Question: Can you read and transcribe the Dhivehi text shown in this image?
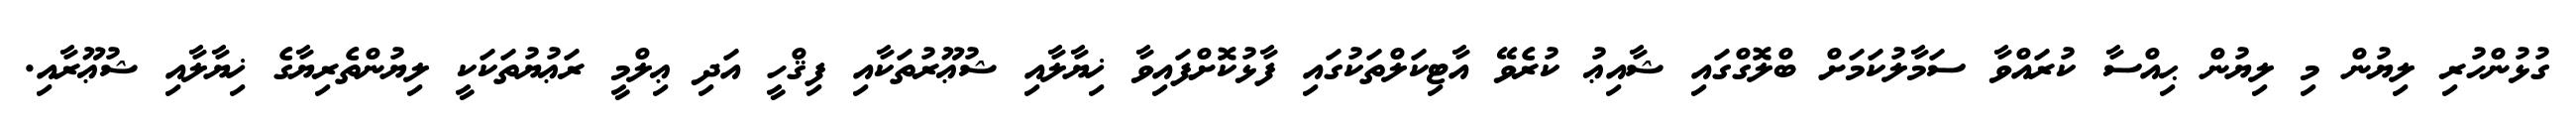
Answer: ގުޅުންހުރި ލިޔުން މި ލިޔުން ޙިއްސާ ކުރައްވާ ސަމާލުކަމަށް ބްލޮގްގައި ޝާއިޢު ކުރެވޭ އާޓިކަލްތަކުގައި ފާޅުކޮށްފައިވާ ޚިޔާލާއި ޝުޢޫރުތަކާއި ފިޤްހީ އަދި ޢިލްމީ ރަޢުޔުތަކަކީ ލިޔުންތެރިޔާގެ ޚިޔާލާއި ޝުޢޫރާއި.